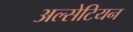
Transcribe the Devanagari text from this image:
अल्सेटियन